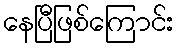
နေပြီဖြစ်ကြောင်း